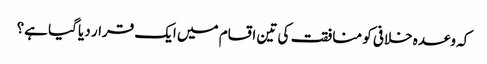
کہ وعدہ خلافی کو منافقت کی تین اقسام میں ایک قرار دیا گیا ہے؟